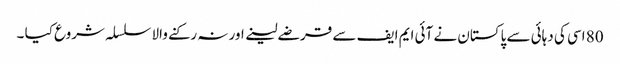
80 اسی کی دہائی سے پاکستان نے آئی ایم ایف سے قرضے لینے اور نہ رکنے والا سلسلہ شروع کیا ۔